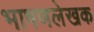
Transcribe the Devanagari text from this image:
भाषणलेखक